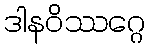
ဒါနဝိဿဂ္ဂေ